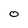
Character: 0